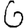
Digit: 6